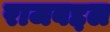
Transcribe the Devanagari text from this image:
राजबद्दल